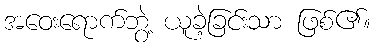
အဝေးရောက်ဘွဲ့ ယူခဲ့ခြင်းသာ ဖြစ်၏။